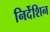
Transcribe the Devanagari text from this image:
निर्देशिन